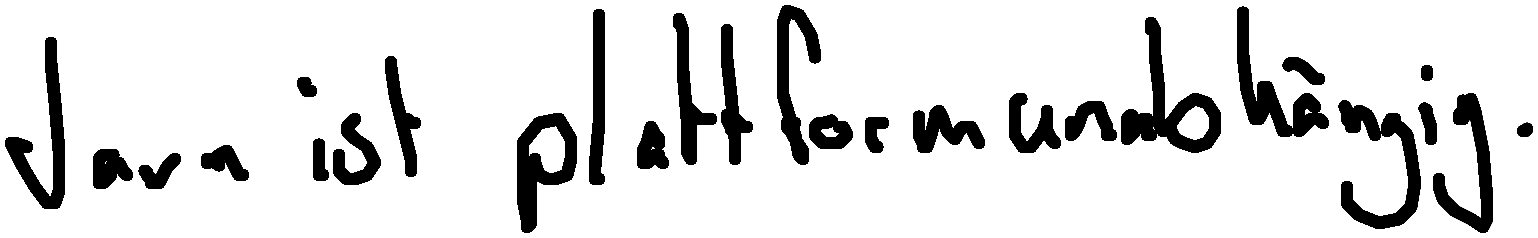
Java ist plattformunabhängig.